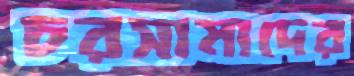
চরসামাদের